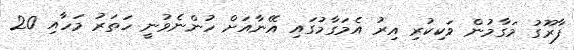
ފާރޫގު މަގާމުން ވަކިކުރި އިރު އެމަގާމުގައި އޭނާއަށް ހުންނެވުނީ ހަތަރު މަހާއި 20